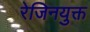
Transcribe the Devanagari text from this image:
रेजिनयुक्त